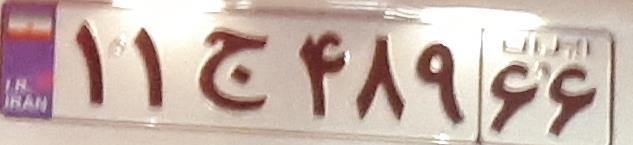
۱۱ج۴۸۹۶۶